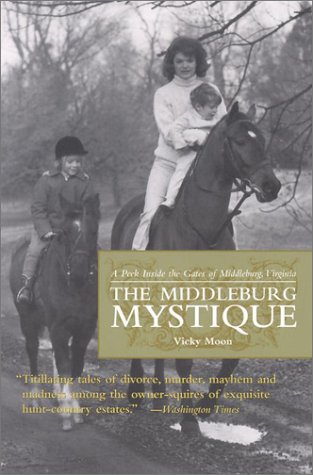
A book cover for Middleburg Mystique: A Peek Inside the Gates of Middleburg, Virginia (Capital Hometown Guides); Vicky Moon; Travel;